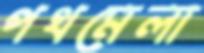
পথমেলা